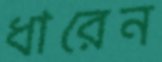
ধারেন